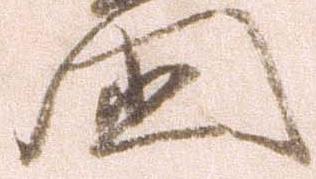
国